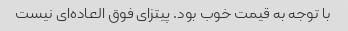
با توجه به قیمت خوب بود. پیتزای فوق العاده‌ای نیست